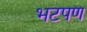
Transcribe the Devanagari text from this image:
भटपण